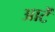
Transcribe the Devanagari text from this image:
आटें